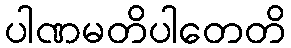
ပါဏမတိပါတေတိ